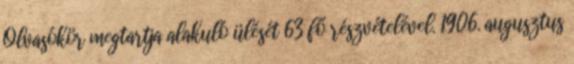
Olvasókör megtartja alakuló ülését 63 fő részvételével. 1906. augusztus